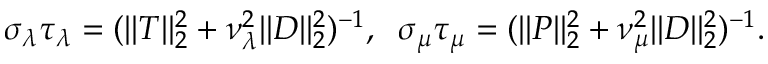
\sigma _ { \lambda } \tau _ { \lambda } = ( \| T \| _ { 2 } ^ { 2 } + \nu _ { \lambda } ^ { 2 } \| D \| _ { 2 } ^ { 2 } ) ^ { - 1 } , \; \; \sigma _ { \mu } \tau _ { \mu } = ( \| P \| _ { 2 } ^ { 2 } + \nu _ { \mu } ^ { 2 } \| D \| _ { 2 } ^ { 2 } ) ^ { - 1 } .